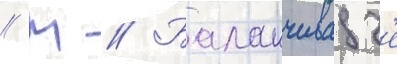
// М // Баланчивадз'е